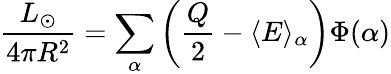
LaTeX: \frac{L_{\odot}}{4\pi R^{2}}=\sum_{\alpha}\left(\frac{Q}{2}-\langle{E}\rangle_{\alpha}\right)\Phi(\alpha)